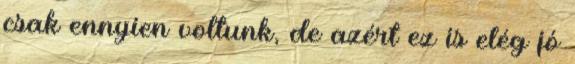
csak ennyien voltunk, de azért ez is elég jó